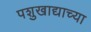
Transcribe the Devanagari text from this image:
पशुखाद्याच्या